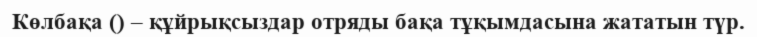
Көлбақа () – құйрықсыздар отряды бақа тұқымдасына жататын түр.